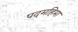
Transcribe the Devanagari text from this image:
पदमहिमा